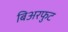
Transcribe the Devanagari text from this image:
बिअरफुट